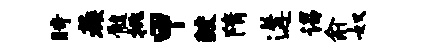
时蔟髓挑甲鲛隋遘谒俞奴